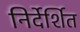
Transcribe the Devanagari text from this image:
निर्देर्शित